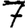
Digit: 7